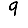
Digit: 9